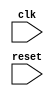
module behavior_modeling_block (
  input wire clk,
  input wire reset,
  // other input and output declarations

);

// variables declarations

always @(posedge clk or negedge reset) begin
  // write your logic here
end

endmodule